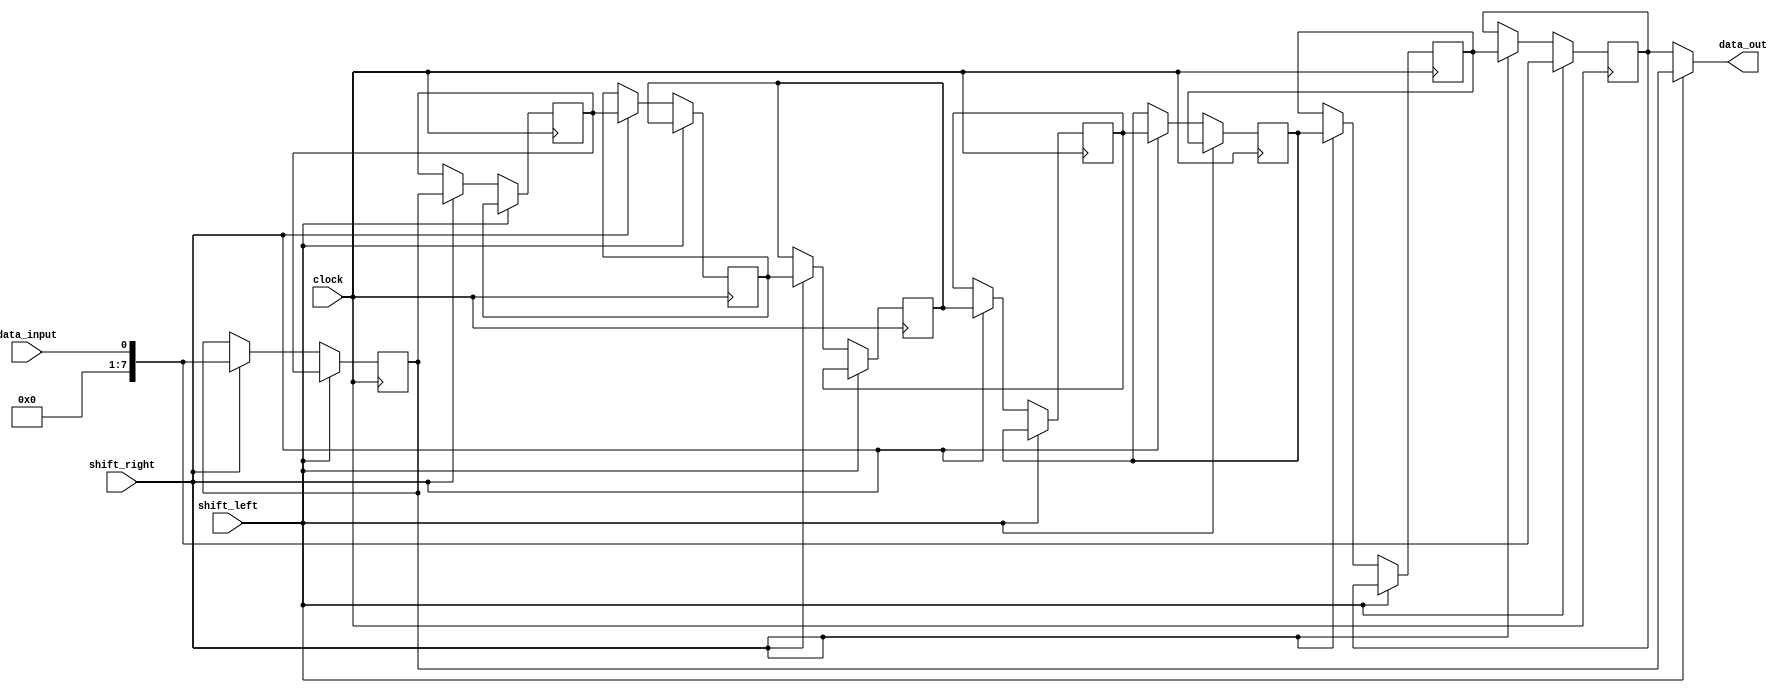
module shift_register (
    input data_input,
    input clock,
    input shift_left,
    input shift_right,
    output reg [7:0] data_out
);

reg [7:0] reg0, reg1, reg2, reg3, reg4, reg5, reg6, reg7;

always @(posedge clock) begin
    if (shift_left) begin
        reg0 <= data_input;
        reg1 <= reg0;
        reg2 <= reg1;
        reg3 <= reg2;
        reg4 <= reg3;
        reg5 <= reg4;
        reg6 <= reg5;
        reg7 <= reg6;
    end else if (shift_right) begin
        reg0 <= reg1;
        reg1 <= reg2;
        reg2 <= reg3;
        reg3 <= reg4;
        reg4 <= reg5;
        reg5 <= reg6;
        reg6 <= reg7;
        reg7 <= data_input;
    end
end

assign data_out = (shift_left) ? reg7 : reg0;

endmodule